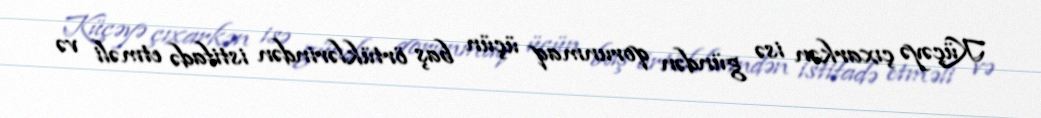
Küçəyə çıxarkən isə gündən qorunmaq üçün baş örtüklərindən istifadə etməli və